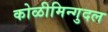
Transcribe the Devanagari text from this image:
कोळीमिन्गुदल